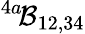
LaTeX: ^{4a}\! {\cal B}_{12,34}